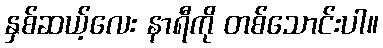
နှစ်ဆယ့်လေး နာရီကို တစ်သောင်းပါ။